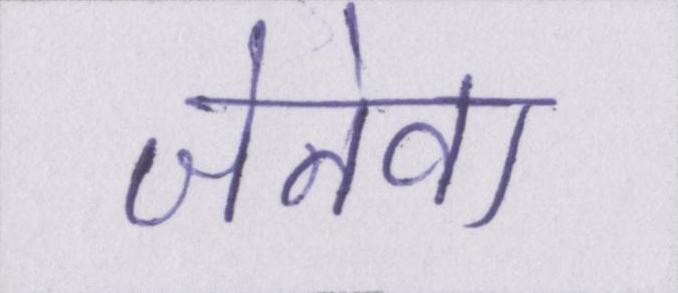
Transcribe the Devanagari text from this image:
जेनेवा